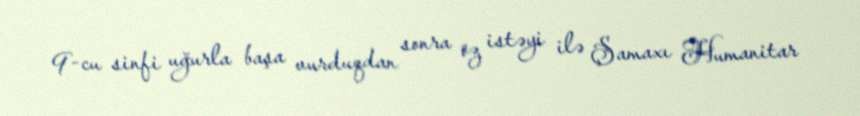
9-cu sinfi uğurla başa vurduqdan sonra öz istəyi ilə Şamaxı Humanitar